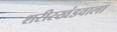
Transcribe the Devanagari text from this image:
शरीरखंडवाला